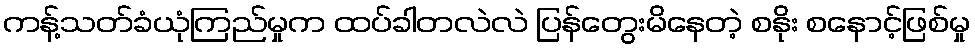
ကန့်သတ်ခံယုံကြည်မှုက ထပ်ခါတလဲလဲ ပြန်တွေးမိနေတဲ့ စနိုး စနောင့်ဖြစ်မှု